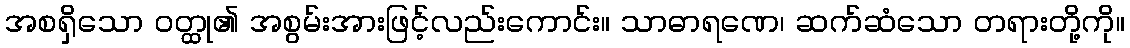
အစရှိသော ဝတ္ထု၏ အစွမ်းအားဖြင့်လည်းကောင်း။ သာဓာရဏေ၊ ဆက်ဆံသော တရားတို့ကို။